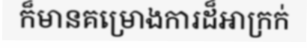
ក៏មានគម្រោងការដ៏អាក្រក់